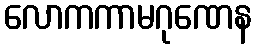
လောကကာမဂုဏေန